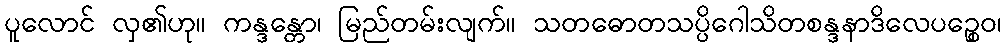
ပူလောင် လှ၏ဟု။ ကန္ဒန္တော၊ မြည်တမ်းလျက်။ သတဓောတသပ္ပိဂေါသိတစန္ဒနာဒိလေပဉ္စေဝ၊